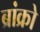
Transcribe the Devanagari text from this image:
ब्रांक्रो